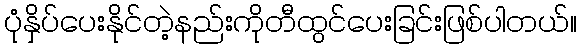
ပုံနှိပ်ပေးနိုင်တဲ့နည်းကိုတီထွင်ပေးခြင်းဖြစ်ပါတယ်။